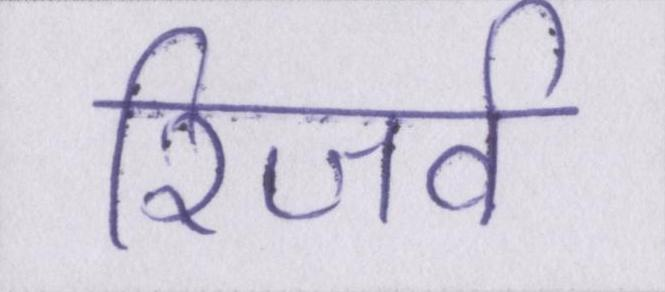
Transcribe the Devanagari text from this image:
रिजर्व